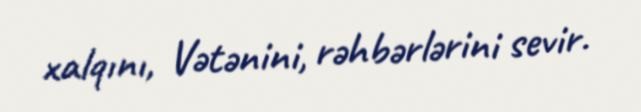
xalqını, Vətənini, rəhbərlərini sevir.